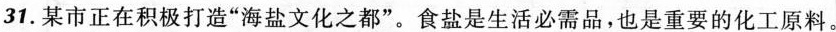
31.某市正在积极打造”海盐文化之都”。食盐是生活必需品，也是重要的化工原料。